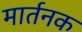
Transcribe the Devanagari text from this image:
मार्तनक